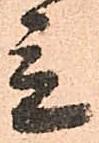
立